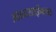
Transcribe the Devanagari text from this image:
आऊटलाईनला